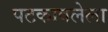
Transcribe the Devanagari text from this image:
पटकावलेला